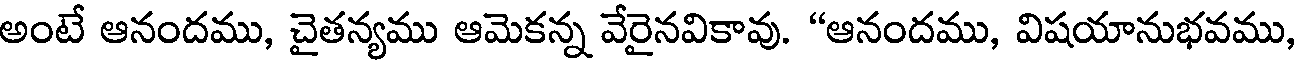
అంటే ఆనందము, చైతన్యము ఆమెకన్న వేరైనవికావు. "ఆనందము, విషయానుభవము,